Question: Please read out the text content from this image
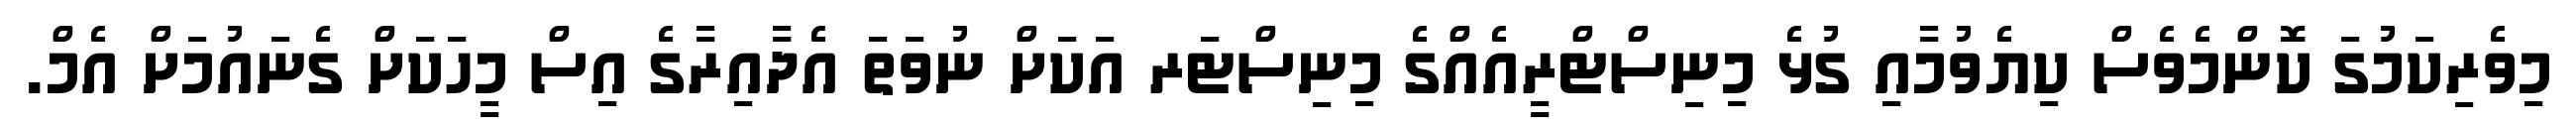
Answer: މިވެރިކަމުގަ ކޮންމެވެސް ކިޔެވުމާއި ގުޅެ މިނިސްޓްރީއެއްގެ މިނިސްޓަރ އަކަށް ނުވަތަ އެދާއިރާގެ އިސް މީހަކަށް ގެނައުމަށް އެމް.